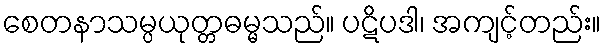
စေတနာသမ္ပယုတ္တဓမ္မသည်။ ပဋိပဒါ၊ အကျင့်တည်း။